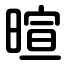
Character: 暄